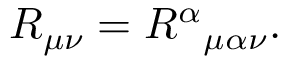
R _ { \mu \nu } = { R ^ { \alpha } } _ { \mu \alpha \nu } .